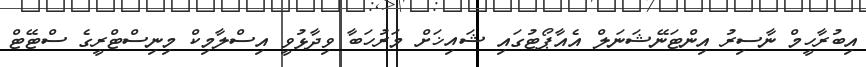
އިބުރާހީމް ނާސިރު އިންޓަނޭޝަނަލް އެއާޕޯޓުގައި ޝައިޚަށް މަރުހަބާ ވިދާޅުވީ އިސްލާމިކް މިނިސްޓްރީގެ ސްޓޭޓް